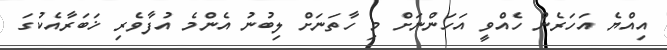
އިއްޔެ އަހަރެން ހެއްވީ އަހަންނަށް މި ހާތަނަށް ލިބުނު އެންމެ އުފާވެރި ޚަބަރާއެކުގަ